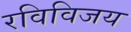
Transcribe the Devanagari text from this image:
रविविजय